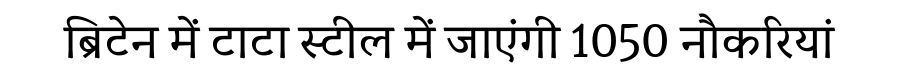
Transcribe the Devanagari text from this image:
ब्रिटेन में टाटा स्टील में जाएंगी 1050 नौकरियां